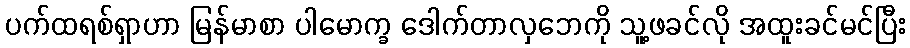
ပက်ထရစ်ရှာဟာ မြန်မာစာ ပါမောက္ခ ဒေါက်တာလှဘေကို သူ့ဖခင်လို အထူးခင်မင်ပြီး